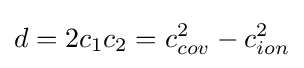
d=2c_{1}c_{2}=c_{cov}^{2}-c_{ion}^{2}